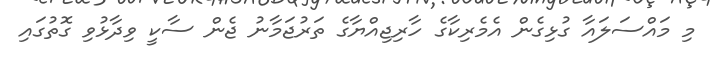
މި މައްސަލައާ ގުޅިގެން އެމެރިކާގެ ހާރިޖިއްޔާގެ ތަރުޖަމާނު ޖެން ސާކީ ވިދާޅުވި ގޮތުގައި